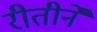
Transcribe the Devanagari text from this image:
रीतीर्ने